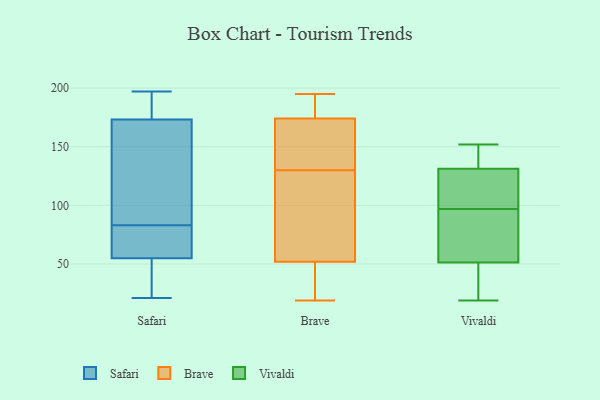
{"axis": {"x": "Churn Rate (%)", "y": "Value"}, "legend": ["Brave", "Safari", "Vivaldi"], "data": [{"x": "", "y": 175, "type": "Safari"}, {"x": "", "y": 88, "type": "Safari"}, {"x": "", "y": 83, "type": "Safari"}, {"x": "", "y": 33, "type": "Safari"}, {"x": "", "y": 50, "type": "Safari"}, {"x": "", "y": 177, "type": "Safari"}, {"x": "", "y": 109, "type": "Safari"}, {"x": "", "y": 21, "type": "Safari"}, {"x": "", "y": 37, "type": "Safari"}, {"x": "", "y": 168, "type": "Safari"}, {"x": "", "y": 70, "type": "Safari"}, {"x": "", "y": 197, "type": "Safari"}, {"x": "", "y": 74, "type": "Safari"}, {"x": "", "y": 83, "type": "Safari"}, {"x": "", "y": 188, "type": "Safari"}, {"x": "", "y": 19, "type": "Brave"}, {"x": "", "y": 172, "type": "Brave"}, {"x": "", "y": 37, "type": "Brave"}, {"x": "", "y": 57, "type": "Brave"}, {"x": "", "y": 20, "type": "Brave"}, {"x": "", "y": 180, "type": "Brave"}, {"x": "", "y": 195, "type": "Brave"}, {"x": "", "y": 139, "type": "Brave"}, {"x": "", "y": 194, "type": "Brave"}, {"x": "", "y": 77, "type": "Brave"}, {"x": "", "y": 158, "type": "Brave"}, {"x": "", "y": 130, "type": "Brave"}, {"x": "", "y": 122, "type": "Brave"}, {"x": "", "y": 97, "type": "Vivaldi"}, {"x": "", "y": 129, "type": "Vivaldi"}, {"x": "", "y": 19, "type": "Vivaldi"}, {"x": "", "y": 132, "type": "Vivaldi"}, {"x": "", "y": 79, "type": "Vivaldi"}, {"x": "", "y": 32, "type": "Vivaldi"}, {"x": "", "y": 137, "type": "Vivaldi"}, {"x": "", "y": 47, "type": "Vivaldi"}, {"x": "", "y": 50, "type": "Vivaldi"}, {"x": "", "y": 127, "type": "Vivaldi"}, {"x": "", "y": 65, "type": "Vivaldi"}, {"x": "", "y": 144, "type": "Vivaldi"}, {"x": "", "y": 24, "type": "Vivaldi"}, {"x": "", "y": 133, "type": "Vivaldi"}, {"x": "", "y": 152, "type": "Vivaldi"}, {"x": "", "y": 55, "type": "Vivaldi"}, {"x": "", "y": 117, "type": "Vivaldi"}, {"x": "", "y": 119, "type": "Vivaldi"}, {"x": "", "y": 94, "type": "Vivaldi"}]}